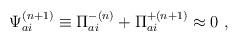
LaTeX: \begin{align*}{\Psi}_{ai}^{(n+1)} \equiv {\Pi}_{ai}^{-(n)} + {\Pi}_{ai}^{+(n+1)} \approx 0 \ ,\end{align*}